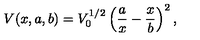
V ( x , a , b ) = V _ { 0 } ^ { 1 / 2 } \left( \frac { a } { x } - \frac { x } { b } \right) ^ { 2 } ,